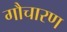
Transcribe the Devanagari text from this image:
गौचारण